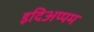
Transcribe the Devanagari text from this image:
इदिअप्पम